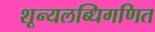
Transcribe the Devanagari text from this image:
शून्यलब्धिगणित